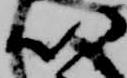
以